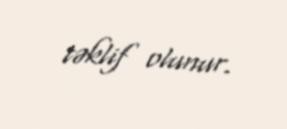
təklif olunur.